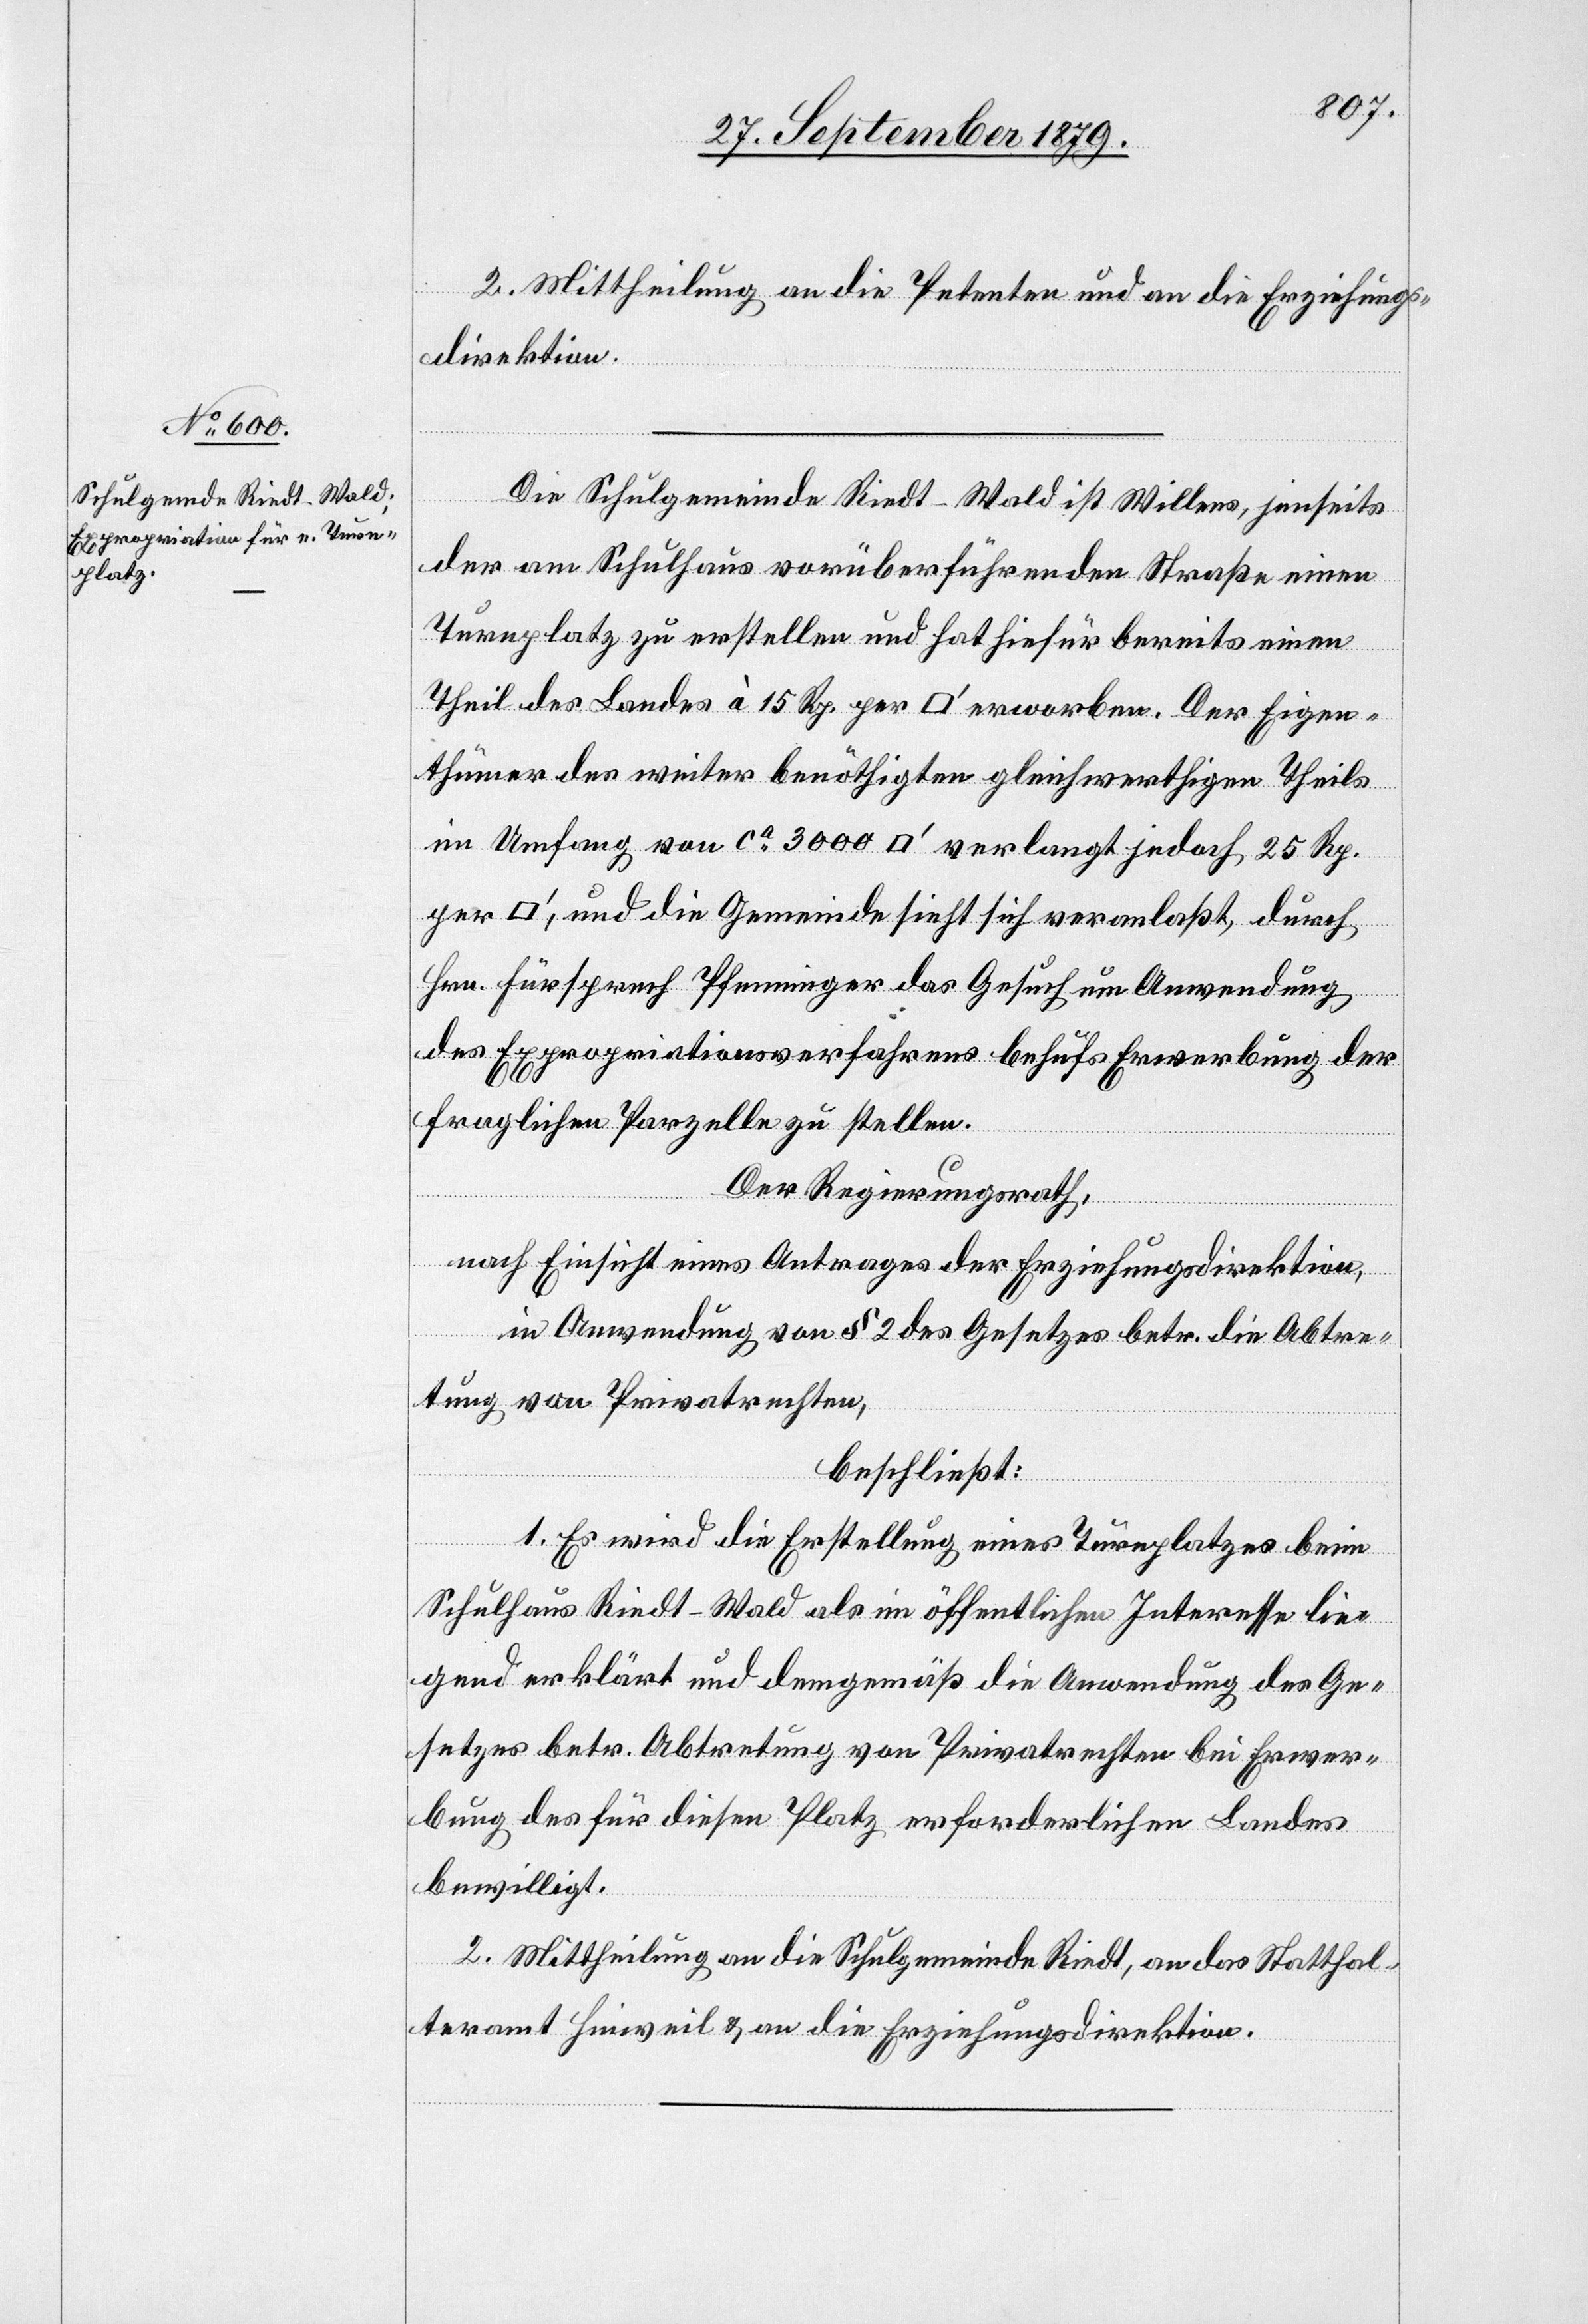
ua¬

at¬
2. Mittheilung an die Petenten und an die Erziehungs¬
direktion.
Die Schulgemeinde Riedt - Wald ist Willens, jenseits
der am Schulhaus vorüberführenden Straße einen
Turnplatz zu erstellen und hat hiefür bereits einen
Theil des Landes à 15 Rp. per [Quadratfuß] erworben. Der Eigen¬
thümer des weiter benöthigten gleichwerthigen Theils
im Umfang von ca 3000 [Quadratfuß] verlangt jedoch 25 Rp.
fuß], und die Gemeinde sieht sich veranlaßt, durch
Hrn. Fürsprech Pfenninger das Gesuch um Anwendung
des Expropriationsverfahrens behufs Erwerbung der
fraglichen Parzelle zu stellen.
Der Regierungsrath,
nach Einsicht eines Antrages der Erziehungsdirektion,
in Anwendung von § 2 des Gesetzes betr. die Abtre¬
tung von Privatrechten,
beschließt:
1. Es wird die Erstellung eines Turnplatzes beim
Schulhaus Riedt - Wald als im öffentlichen Interesse lie¬
gend erklärt und demgemäß die Anwendung des Ge¬
setzes betr. Abtretung von Privatrechten bei Erwer¬
bung des für diesen Platz erforderlichen Landes
bewilligt.
2. Mittheilung an die Schulgemeinde Riedt, an das Statthal¬
teramt Hinweil & an die Erziehungsdirektion.